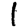
Digit: 1